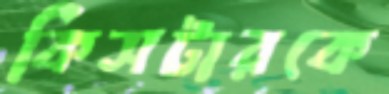
কিসটারকে